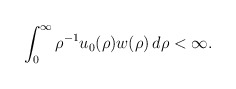
\begin{align*}\int_0^\infty \rho^{-1 } u_0(\rho) w (\rho)\,d\rho <\infty.\end{align*}